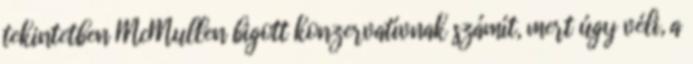
tekintetben McMullen bigott konzervatívnak számít, mert úgy véli, a